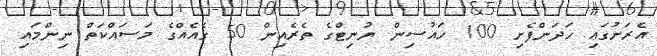
އެރަށުގައި ހަދަންފެށި 100 ހައުސިން ޔުނިޓްގެ ތެރެއިން 50 ގެއެއްގެ މަސައްކަތް ނިންމައި